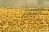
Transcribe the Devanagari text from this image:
रेकाडस